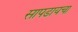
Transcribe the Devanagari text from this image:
सापडायचा